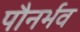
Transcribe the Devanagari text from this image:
पौनर्भव